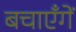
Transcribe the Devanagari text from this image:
बचाएँगें